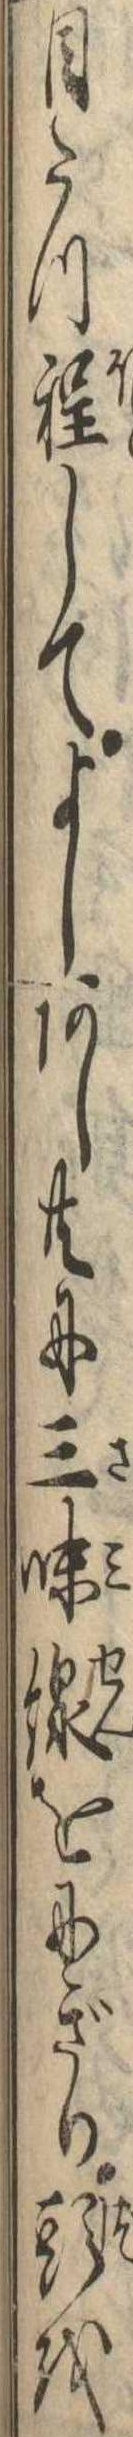
目たつ程してよしあし共に三味線をにぎり頭を